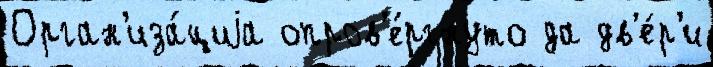
Орган'иза́циjа опров'е́ргнуто да дв'е́р'и